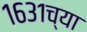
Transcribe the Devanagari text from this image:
१६३१च्या